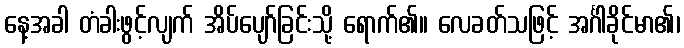
နေ့အခါ တံခါးဖွင့်လျက် အိပ်ပျော်ခြင်းသို့ ရောက်၏။ လေခတ်သဖြင့် အင်္ဂါခိုင်မာ၏၊